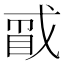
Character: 𪭑